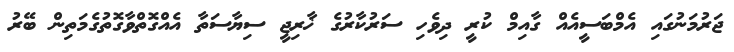
ޖަރުމަނުގައި އެމްބަސީއެއް ގާއިމް ކުރީ ދިވެހި ސަރުކާރުގެ ޚާރިޖީ ސިޔާސަތާ އެއްގޮތްވާގޮތުގެމަތިން ބޭރު